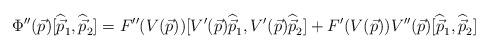
LaTeX: \begin{align*}\Phi''(\vec p)[\widehat{\vec p}_1,\widehat{\vec p}_2]=F''(V(\vec p))[V'(\vec p)\widehat{\vec p}_1,V'(\vec p)\widehat{\vec p}_2]+ F'(V(\vec p))V''(\vec p)[\widehat{\vec p}_1,\widehat{\vec p}_2]\end{align*}